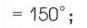
\(= 150^{\circ};\)